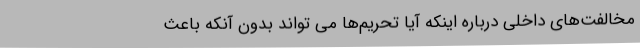
مخالفت‌های داخلی درباره اینکه آیا تحریم‌ها می تواند بدون آنکه باعث